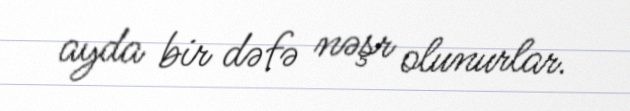
ayda bir dəfə nəşr olunurlar.